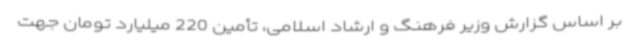
بر اساس گزارش وزیر فرهنگ و ارشاد اسلامی، تأمین 220 میلیارد تومان جهت